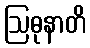
ဩဓုနာတိ